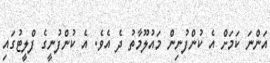
އަންނަ ކަމަށް އެ ކުންފުނިން މައުލޫމާތު ދެ އެވެ. އެ ކުންފުނީގެ ފްލީޓުގައި